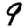
Digit: 9